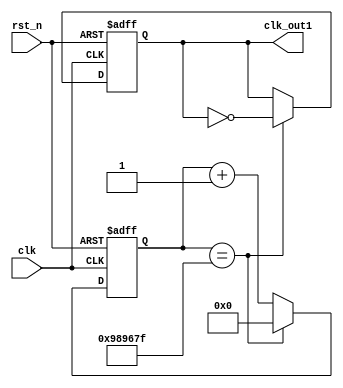
`timescale 1ns / 1ps
//////////////////////////////////////////////////////////////////////////////////
// Company: 
// Engineer: 
// 
// Design Name: 
// Module Name: lab4_3_frediv_1
// Project Name: 
// Target Devices: 
// Tool Versions: 
// Description: 
// 
// Dependencies: 
// 
// Revision:
// Revision 0.01 - File Created
// Additional Comments:
// 
//////////////////////////////////////////////////////////////////////////////////


module lab4_3_frediv_1(clk, rst_n, clk_out1);

input clk;
input rst_n;
output clk_out1;

reg clk_out1;
reg [25:0] counter;

always@(posedge clk or negedge rst_n)
    begin
        if(~rst_n) begin
            counter <= 26'd0;
            clk_out1 <= 1'b0;
        end
        else begin 
            counter <= counter + 26'd1;
            if(counter == 26'd10000000 - 26'd1) begin
                clk_out1 <= ~clk_out1;
                counter <= 26'd0;
            end
        end
    end
endmodule